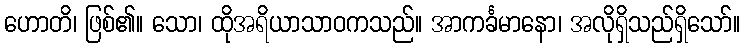
ဟောတိ၊ ဖြစ်၏။ သော၊ ထိုအရိယာသာဝကသည်။ အာကင်္ခမာနော၊ အလိုရှိသည်ရှိသော်။